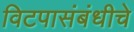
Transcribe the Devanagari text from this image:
विटपासंबंधीचे